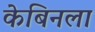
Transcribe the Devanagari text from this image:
केबिनला